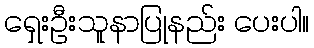
ရှေးဦးသူနာပြုနည်း ပေးပါ။